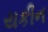
યકીન